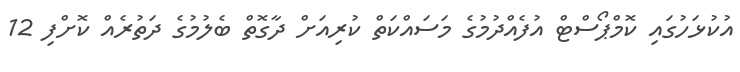
އުކުޅަހުގައި ކޮމްޕޯސްޓް އުފެއްދުމުގެ މަސައްކަތް ކުރިއަށް ދާގޮތް ބެލުމުގެ ދަތުރެއް ކޮށްފި 12